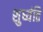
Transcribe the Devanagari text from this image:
शुध्यंति